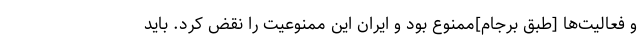
و فعالیت‌ها [طبق برجام]ممنوع بود و ایران این ممنوعیت را نقض کرد. باید